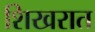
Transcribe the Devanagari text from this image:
शिखरात